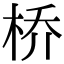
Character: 桥